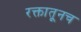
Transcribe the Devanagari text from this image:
रक्तातूनच